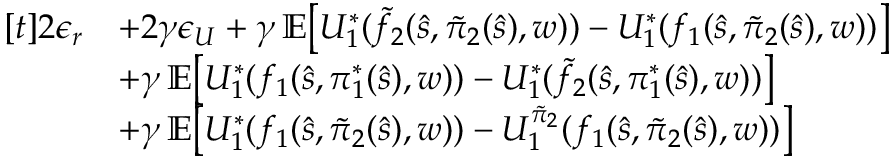
\begin{array} { r l } { [ t ] 2 \boldsymbol { \epsilon } _ { r } } & { + 2 \gamma \boldsymbol { \epsilon } _ { U } + \gamma \, \mathbb { E } \bigl [ U _ { 1 } ^ { * } ( \tilde { f } _ { 2 } ( \hat { s } , \tilde { \pi } _ { 2 } ( \hat { s } ) , w ) ) - U _ { 1 } ^ { * } ( f _ { 1 } ( \hat { s } , \tilde { \pi } _ { 2 } ( \hat { s } ) , w ) ) \bigr ] } \\ & { + \gamma \, \mathbb { E } \bigl [ U _ { 1 } ^ { * } ( f _ { 1 } ( \hat { s } , \pi _ { 1 } ^ { * } ( \hat { s } ) , w ) ) - U _ { 1 } ^ { * } ( \tilde { f } _ { 2 } ( \hat { s } , \pi _ { 1 } ^ { * } ( \hat { s } ) , w ) ) \bigr ] } \\ & { + \gamma \, \mathbb { E } \bigl [ U _ { 1 } ^ { * } ( f _ { 1 } ( \hat { s } , \tilde { \pi } _ { 2 } ( \hat { s } ) , w ) ) - U _ { 1 } ^ { \tilde { \pi } _ { 2 } } ( f _ { 1 } ( \hat { s } , \tilde { \pi } _ { 2 } ( \hat { s } ) , w ) ) \bigr ] } \end{array}